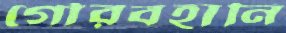
গৌরবহানি